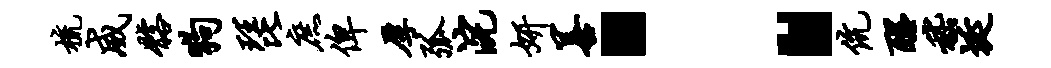
梳威髂狗琵庶俾厚弧浣妍善：伉醒嵇埏